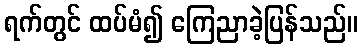
ရက်တွင် ထပ်မံ၍ ကြေညာခဲ့ပြန်သည်။